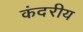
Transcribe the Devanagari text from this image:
कंदरीय